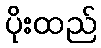
ပိုးထည်